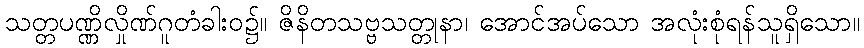
သတ္တပဏ္ဏိလှိုဏ်ဂူတံခါးဝ၌။ ဇိနိတသဗ္ဗသတ္တုနာ၊ အောင်အပ်သော အလုံးစုံရန်သူရှိသော။